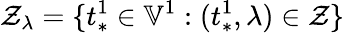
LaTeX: \mathcal{Z}_{\lambda}=\{ t_{*}^{1}\in\mathbb{V}^{1}:(t_{*}^{1},\lambda)\in\mathcal{Z}\}